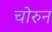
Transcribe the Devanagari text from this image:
चोरुन